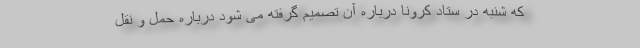
که شنبه در ستاد کرونا درباره آن تصمیم گرفته می شود درباره حمل و نقل